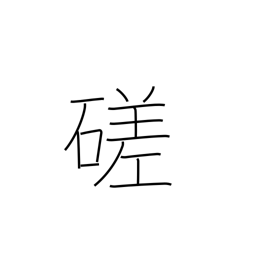
Meaning: polish